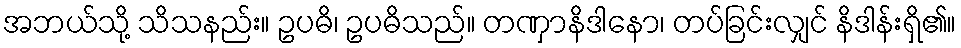
အဘယ်သို့ သိသနည်း။ ဥပဓိ၊ ဥပဓိသည်။ တဏှာနိဒါနော၊ တပ်ခြင်းလျှင် နိဒါန်းရှိ၏။